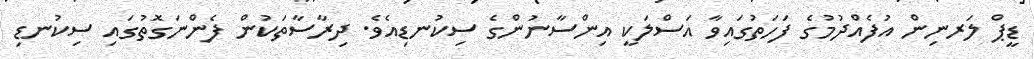
ޑީޕް ލަރނިން އުފެއްދުމުގެ ފަހަތުގައިވާ އަސްލަކީ އިންސާނުންގެ ސިކުނޑިއެވެ. ދިރާސާތަކުން ފެންނަގޮތުގައި ސިކުނޑި